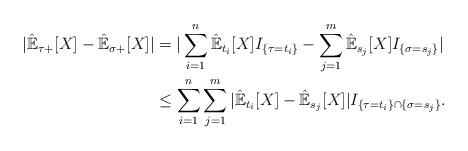
LaTeX: \begin{align*}|\hat{\mathbb{E}}_{\tau+}[X]-\hat{\mathbb{E}}_{\sigma+}[X]|& =|\sum_{i=1}^{n}\hat{\mathbb{E}}_{t_i}[X]I_{\{\tau=t_i\}}-\sum_{j=1}^{m}\hat{\mathbb{E}}_{s_j}[X]I_{\{\sigma=s_j\}}|\\&\leq \sum_{i=1}^{n}\sum_{j=1}^{m}|\hat{\mathbb{E}}_{t_i}[X]-\hat{\mathbb{E}}_{s_j}[X]|I_{\{\tau=t_i\}\cap \{\sigma=s_j\} }.\end{align*}